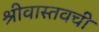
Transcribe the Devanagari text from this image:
श्रीवास्तवची